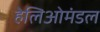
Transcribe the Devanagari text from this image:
हेलिओमंडल